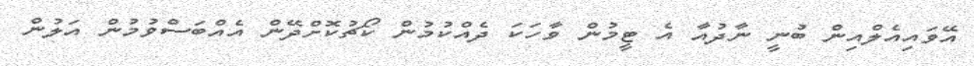
އޭވައިއެލްއިން ބުނީ ނާދުއާ އެ ޓީމުން ވާހަކަ ދެއްކުމުން ކޯޗުކޮށްދޭން އެއްބަސްވުމުން އަލުން